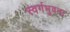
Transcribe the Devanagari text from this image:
स्वर्गभुवना